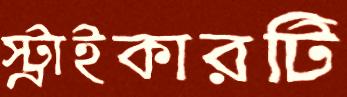
স্ট্রাইকারটি